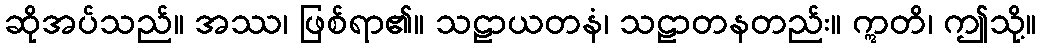
ဆိုအပ်သည်။ အဿ၊ ဖြစ်ရာ၏။ သဠာယတနံ၊ သဠာတနတည်း။ ဣတိ၊ ဤသို့။